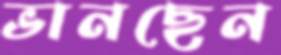
ভানছেন